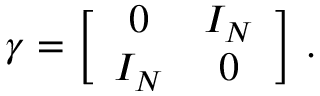
\gamma = \biggl [ \begin{array} { c c } { { 0 } } & { { I _ { N } } } \\ { { I _ { N } } } & { { 0 } } \end{array} \biggr ] \ .